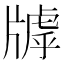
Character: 𤗭